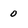
Character: 0